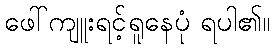
ဖေါ်ကျူးရင့်ရူနေပုံ ရပါ၏။